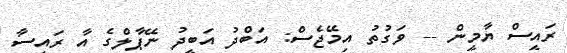
ރައީސް ޔާމީން -- ވަގުތު އިމޭޖެސް: އަބްދު އަބީދު ނޭޕާލްގެ އާ ރައީސާ